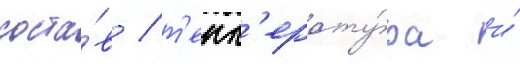
соста́в / т'емп'ерату́ра и́